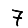
Digit: 7